Scottish Certificate of Education, 1963
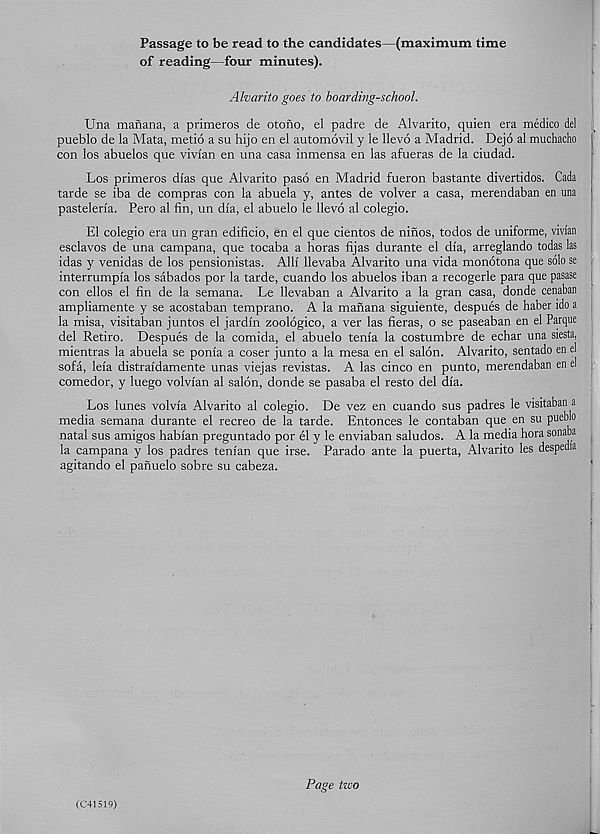
Passage to be read to the candidates—(maximum time
of reading—four minutes).
Alvarito goes to boarding-school.
Una manana, a primeros de otono, el padre de Alvarito, quien era medico del
pueblo de la Mata, metio a su hijo en el automovil y le llevo a Madrid. Dejo al muchacho
con los abuelos que vivian en una casa inmensa en las afueras de la ciudad.
Los primeros dias que Alvarito paso en Madrid fueron bastante divertidos. Cada
tarde se iba de compras con la abuela y, antes de volver a casa, merendaban en una
pasteleria. Pero al fin, un dla, el abuelo le llevo al colegio.
El colegio era un gran edificio, en el que cientos de ninos, todos de uniforme, vivian
esclavos de una campana, que tocaba a boras fijas durante el dia, arreglando todas las
idas y venidas de los pensionistas. Alii llevaba Alvarito una vida monotona que solo se
interrumpla los sabados por la tarde, cuando los abuelos iban a recogerle para que pasase
con ellos el fin de la semana. Le llevaban a Alvarito a la gran casa, donde cenaban
ampliamente y se acostaban temprano. A la manana siguiente, despues de haber ido a
la misa, visitaban juntos el jardm zoologico, a ver las fieras, o se paseaban en el Parque
del Retiro. Despues de la comida, el abuelo tenia la costumbre de echar una siesta,
mientras la abuela se ponia a coser junto a la mesa en el salon. Alvarito, sentado en el
sofa, leia distraidamente unas viejas revistas. A las cinco en punto, merendaban en el
comedor, y luego volvian al salon, donde se pasaba el resto del dia.
Los lunes volvia Alvarito al colegio. De vez en cuando sus padres le visitaban a
media semana durante el recreo de la tarde. Entonces le contaban que en su pueblo
natal sus amigos habian preguntado por el y le enviaban saludos. A la media bora sonaba
la campana y los padres tenian que irse. Parado ante la puerta, Alvarito les despedia
agitando el panuelo sobre su cabeza.
i
(C41519)
Page two